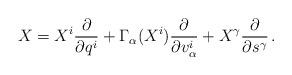
LaTeX: \begin{align*}X=X^i\frac{\partial}{\partial q^i} +\Gamma_{\alpha}(X^i)\frac{\partial}{\partial v^i_{\alpha}} + X^{\gamma} \frac{\partial}{\partial s^{\gamma}}\,. \end{align*}